Protection of India from yellow fever
Disease focus: Fever
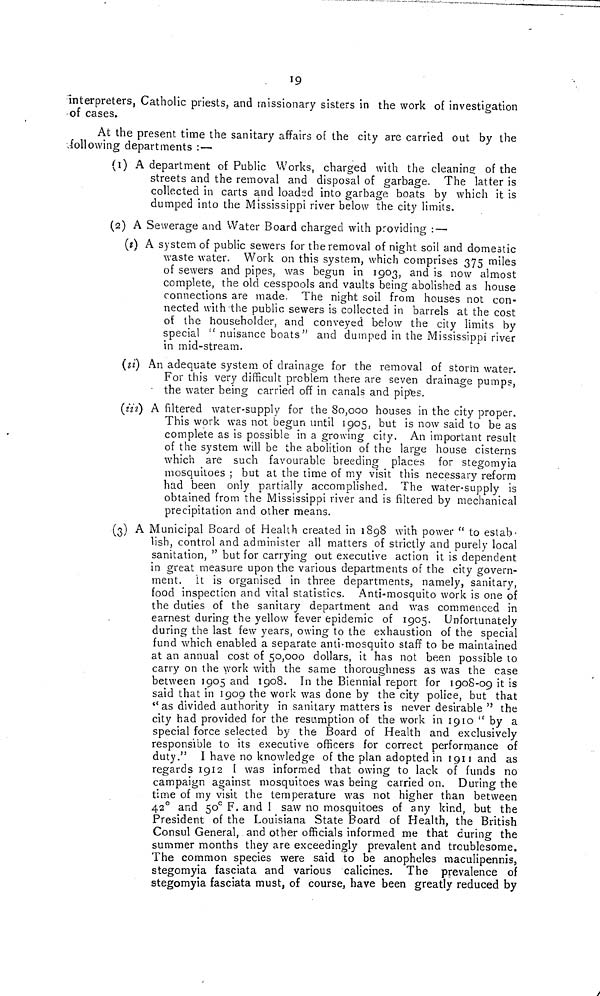
19
interpreters, Catholic priests, and missionary sisters in the work of investigation
of cases.
At the present time the sanitary affairs of the city are carried out by the
.following departments :—
(1) A department of Public Works, charged with the cleaning of the
streets and the removal and disposal of garbage. The latter is
collected in carts and loaded into garbage boats by which it is
dumped into the Mississippi river below the city limits.
(2) A Sewerage and Water Board charged with providing : —
(i) A system of public sewers for the removal of night soil and domestic
waste water. Work on this system, which comprises 375 miles
of sewers and pipes, was begun in 1903, and is now almost
complete, the old cesspools and vaults being abolished as house
connections are made. The night soil from houses not con-
nected with the public sewers is collected in barrels at the cost
of the householder, and conveyed below the city limits by
special " nuisance boats" and dumped in the Mississippi river
in m id-stream.
(ii) An adequate system of drainage for the removal of storm water.
For this very difficult problem there are seven drainage pumps,
• the water being carried off in canals and pip'es.
(iii) A filtered water-supply for the 80,000 houses in the city proper.
This work was not begun until 1905, but is now said to be as
complete as is possible in a growing city. An important result
of the system will be the abolition of the large house cisterns
which are such favourable breeding places for stegomyia
mosquitoes ; but at the time of my visit this necessary reform
had been only partially accomplished. The water-supply is
obtained from the Mississippi river and is filtered by mechanical
precipitation and other means.
(3) A Municipal Board of Health created in 1898 with power to estab-
lish, control and administer all matters of strictly and purely local
sanitation, " but for carrying out executive action it is dependent
in great measure upon the various departments of the city govern-
ment, it is organised in three departments, namely, sanitary,
food inspection and vital statistics. Anti-mosquito work is one of
the duties of the sanitary department and was commenced in
earnest during the yellow fever epidemic of 1905. Unfortunately
during the last few years, owing to the exhaustion of the special
fund which enabled a separate anti-mosquito staff to be maintained
at an annual cost of 50,000 dollars, it has not been possible to
carry on the work with the same thoroughness as was the case
between 1905 and 1908. In the Biennial report for 1908-09 it is
said that in 1900 the work was done by the city police, but that
" as divided authority in sanitary matters is never desirable " the
city had provided for the resumption of the work in 1910 by a
special force selected by the Board of Health and exclusively
responsible to its executive officers for correct performance of
duty." I have no knowledge of the plan adopted in 1911 and as
regards 1912 I was informed that owing to lack of funds no
campaign against mosquitoes was being carried on. During the
time of my visit the temperature was not higher than between
42° and 50° F. and I saw no mosquitoes of any kind, but the
President of the Louisiana State Board of Health, the British
Consul General, and other officials informed me that during the
summer months they are exceedingly prevalent and troublesome.
The common species were said to be anopheles maculipennis,
stegomyia fasciata and various calicines. The prevalence of
stegomyia fasciata must, of course, have been greatly reduced by